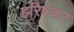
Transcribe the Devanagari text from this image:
हरिषंकर